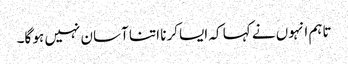
تاہم انہوں نے کہا کہ ایسا کرنا اتنا آسان نہیں ہو گا۔